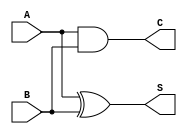
`timescale 1ns / 1ps
//////////////////////////////////////////////////////////////////////////////////
// Company: 
// Engineer: 
// 
// Design Name: 
// Module Name:    full_adder 
// Project Name: 
// Target Devices: 
// Tool versions: 
// Description: 
//
// Dependencies: 
//
// Revision: 
// Revision 0.01 - File Created
// Additional Comments: 
//
//////////////////////////////////////////////////////////////////////////////////
module ha(A,B,S,C);
    input A,B;
	output reg S,C;
	always @(A or B)
	  begin
	    S=A^B;
		C=A&B;
	  end
endmodule


module FA (in_1, in_2, Cin, Sum, Carry);
    input in_1, in_2, Cin;
    output Sum, Carry;
    wire w0, w1, w2;
    ha HA1 (in_2, in_1, w0, w1);     // order based inst.
    ha HA2 (w0, Cin, Sum, w2);
    or g1 (Carry, w1, w2);  // assign Carry = w1|w2;
endmodule